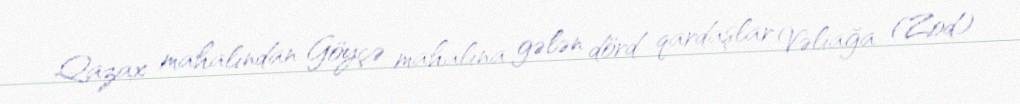
Qazax mahalından Göyçə mahalına gələn dörd qardaşlar Vəliağa (Zod)